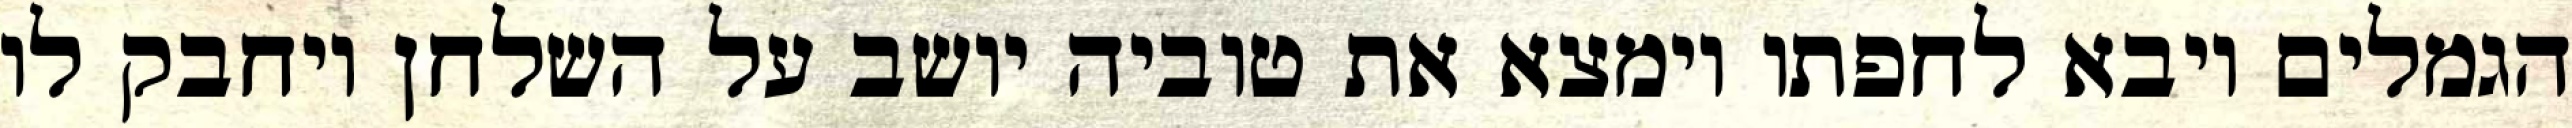
הגמלים ויבא לחפתו וימצא את טוביה יושב על השלחן ויחבק לו